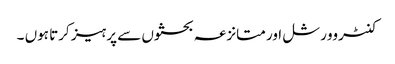
کنٹروورشل اور متانزعہ بحثوں سے پرہیز کرتا ہوں ۔